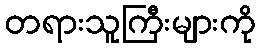
တရားသူကြီးများကို